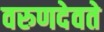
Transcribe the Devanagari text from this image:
वरुणदेवते